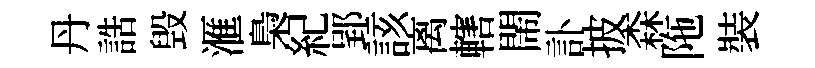
丹誥毁滙梟紀郢該离轄閙訃披森陁裝